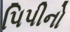
પિપીનો